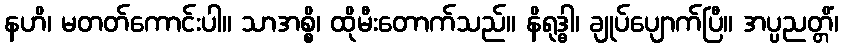
နဟိ၊ မတတ်ကောင်းပါ။ သာအစ္စိ၊ ထိုမီးတောက်သည်။ နိရုဒ္ဓါ၊ ချုပ်ပျောက်ပြီ။ အပ္ပညတ္တိံ၊